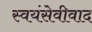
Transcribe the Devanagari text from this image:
स्वयंसेवीवाद